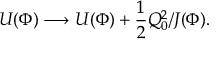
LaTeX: { \cal U } ( \Phi ) \longrightarrow { \cal U } ( \Phi ) + { \frac { 1 } { 2 } } Q _ { 0 } ^ { 2 } / { \cal J } ( \Phi ) .